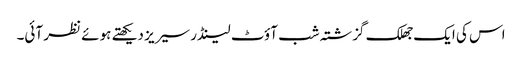
اس کی ایک جھلک گزشتہ شب آؤٹ لینڈر سیریز دیکھتے ہوئے نظر آئی۔